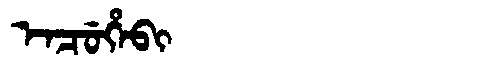
Manchu: ᡝᠨᠴᡠᡥᡝᠪᡳ
Romanization: ENCUHEBI